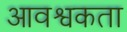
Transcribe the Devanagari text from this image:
आवश्वकता